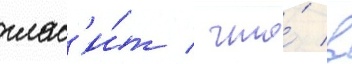
глас'и́т / что́ в